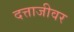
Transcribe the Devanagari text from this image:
दत्ताजीवर